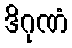
ဒိဂုဏံ